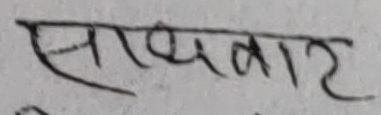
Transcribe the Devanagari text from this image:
साथवार